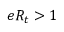
e R _ { t } > 1